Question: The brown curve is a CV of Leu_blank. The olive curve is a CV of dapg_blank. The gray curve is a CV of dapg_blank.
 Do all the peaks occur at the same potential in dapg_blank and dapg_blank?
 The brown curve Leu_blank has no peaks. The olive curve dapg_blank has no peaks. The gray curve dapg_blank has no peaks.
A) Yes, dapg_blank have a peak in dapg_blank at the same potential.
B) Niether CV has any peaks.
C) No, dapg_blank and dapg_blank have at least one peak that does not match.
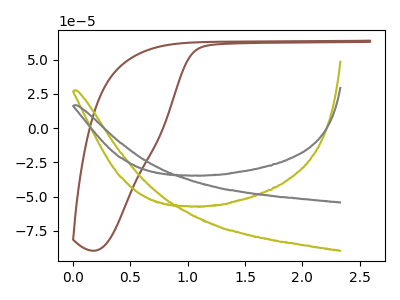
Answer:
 <answer>B) Niether CV has any peaks.</answer>
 <eval>B</eval>